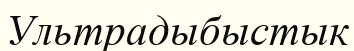
Ультрадыбыстык